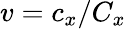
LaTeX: v=c_{x}/C_{x}